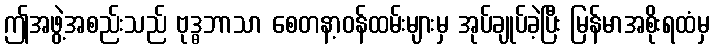
ဤအဖွဲ့အစည်းသည် ဗုဒ္ဓဘာသာ စေတနာ့ဝန်ထမ်းများမှ အုပ်ချုပ်ခဲ့ပြီး မြန်မာအစိုးရထံမှ